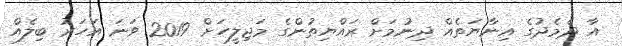
އާ ދެމެދުގެ އިނާޔަތެއް ދިނުމަށް ރައްޔިތުންގެ މަޖިލީހަށް 2019 ވަނަ އަހަރު ބިލެއް